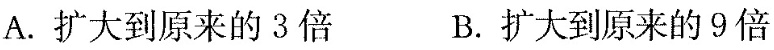
A.扩大到原来的3倍 B.扩大到原来的9倍